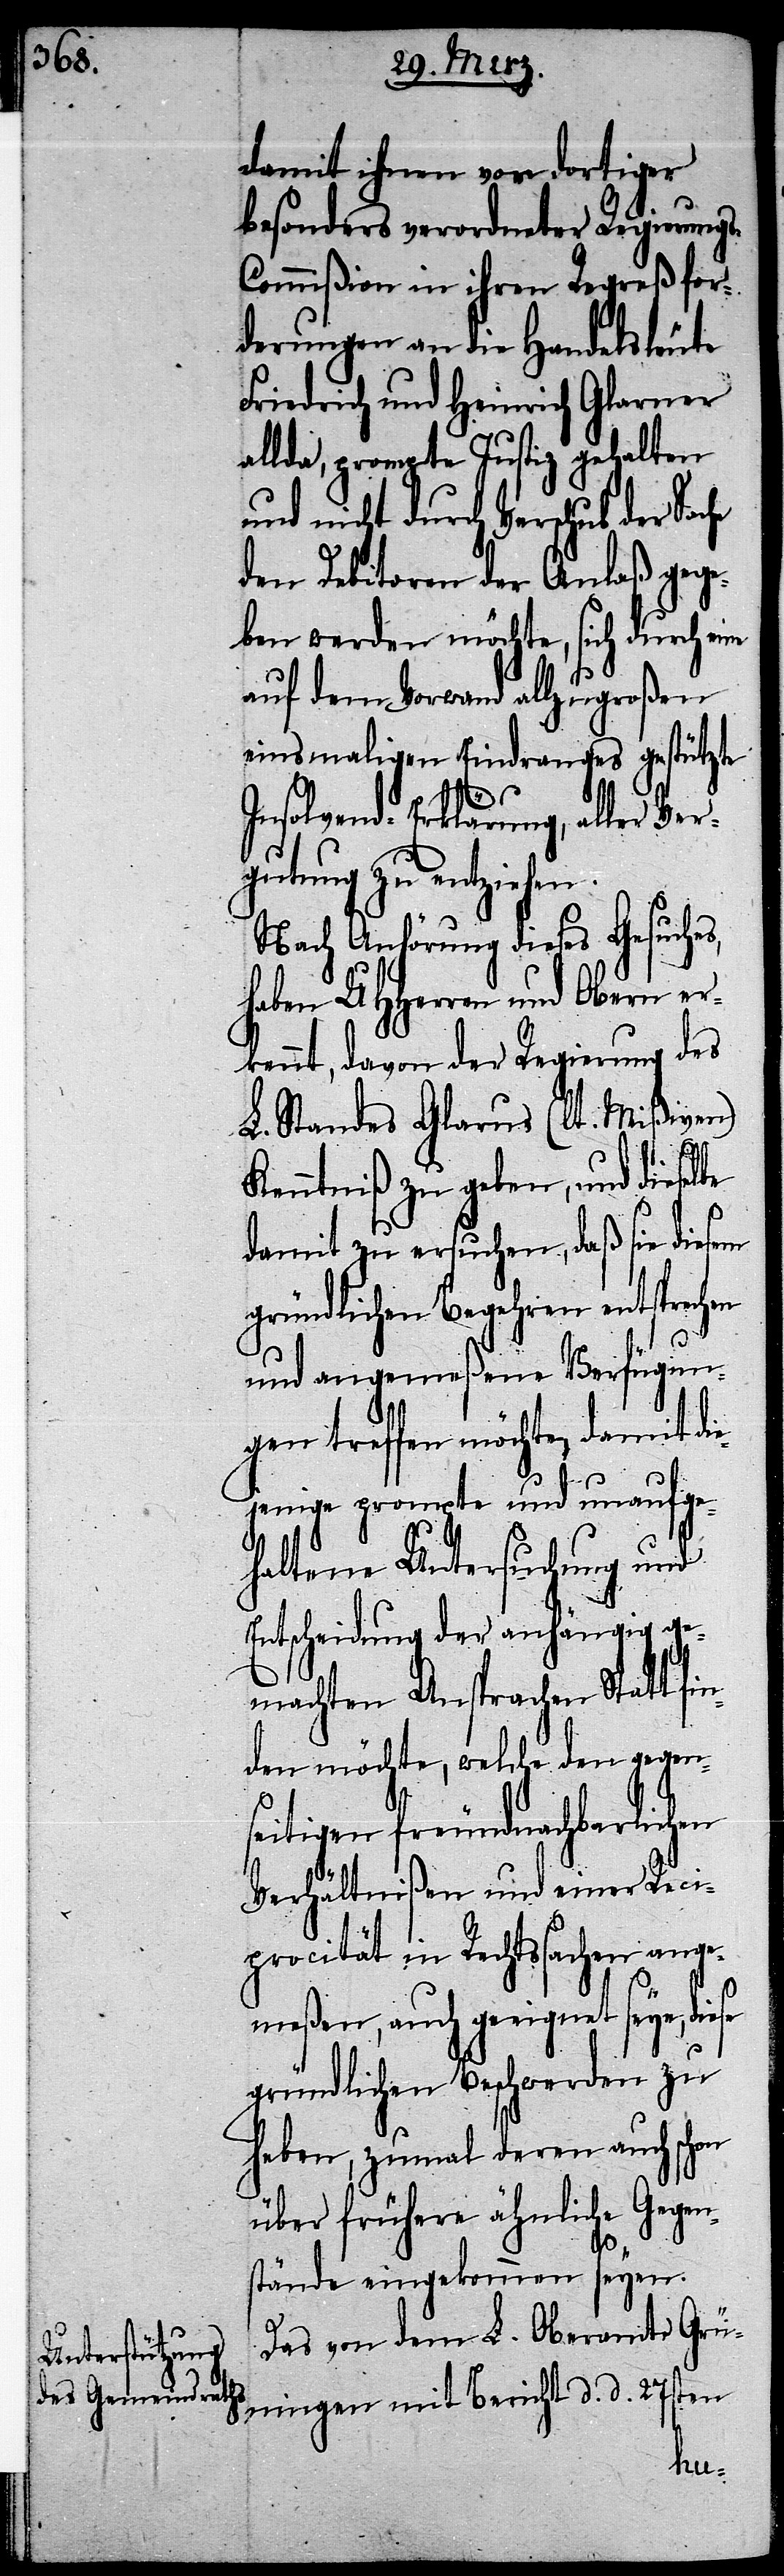
damit ihnen von dortiger
besonders verordneter Regierung¬
s-Commißion in ihren Regreßfor¬
derungen an die Handelsleute
Friedrich und Heinrich Glarner
allda, prompte Justiz gehalten
und nicht durch Verschub der Sache
den Debitoren der Anlaß gege¬
ben werden möchte, sich durch eine
auf dem Vorwand allzugroßen
einsmaligen Eindranges gestützte
Insolvend-Erklärung, aller Ver¬
gutung zu entziehen.
Nach Anhörung dieses Gesuches,
haben UHHerren und Obern er¬
kennt, davon der Regierung des
L. Standes Glarus (lt. Mißiven)
Kenntniß zu geben, und dieselbe
damit zu ersuchen, daß sie diesem
gründlichen Begehren entsprechen
und angemeßene Verfügun¬
gen treffen möchte, damit d¬
jenige prompte und unaufge¬
haltene Untersuchung und
Entscheidung der anhängig ge¬
machten Ansprachen Statt f¬
den möchte, welche den gegen¬
seitigen freundnachbarlichen
Verhältnißen und einer Reci¬
procität in Rechtssachen ange¬
meßen, auch geeignet seye,
gründlichen Beschwerden zu
haben, zumal deren auch schon
über frühere ähnliche Gegen¬
stände eingekommen seyen.
Das von dem L. Oberamte Grü¬
ningen mit Bericht d. d. 27sten
in¬